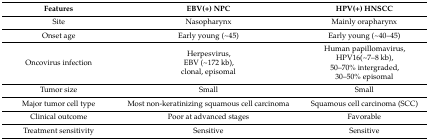
| Features | EBV(+) NPC | HPV(+) HNSCC |
 | --- | --- | --- |
 | Site | Nasopharynx | Mainly orapharynx |
 | Onset age | Early young (~45) | Early young (~40–45) |
 | Oncovirus infection | Herpesvirus, EBV (~172 kb), clonal, episomal | Human papillomavirus, HPV16(~7–8 kb), 50–70% intergraded, 30–50% episomal |
 | Tumor size | Small | Small |
 | Major tumor cell type | Most non-keratinizing squamous cell carcinoma | Squamous cell carcinoma (SCC) |
 | Clinical outcome | Poor at advanced stages | Favorable |
 | Treatment sensitivity | Sensitive | Sensitive |